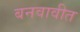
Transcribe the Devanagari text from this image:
बनवावीत